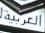
العربية